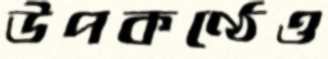
উপকণ্ঠেও